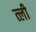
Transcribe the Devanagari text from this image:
त्ली